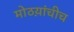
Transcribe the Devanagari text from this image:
मोठय़ांचीच